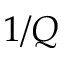
1 / Q